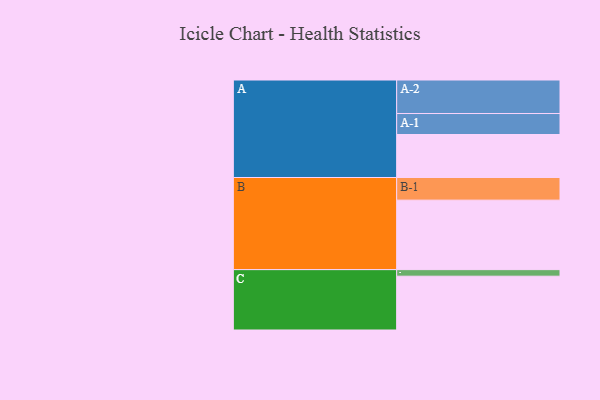
{"axis": {"x": "Segment", "y": "Value"}, "legend": ["", "A", "B", "C"], "data": [{"x": "A", "y": 367, "type": ""}, {"x": "B", "y": 593, "type": ""}, {"x": "C", "y": 459, "type": ""}, {"x": "A-1", "y": 179, "type": "A"}, {"x": "A-2", "y": 286, "type": "A"}, {"x": "B-1", "y": 193, "type": "B"}, {"x": "C-1", "y": 56, "type": "C"}]}